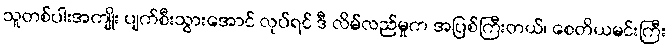
သူတစ်ပါးအကျိုး ပျက်စီးသွားအောင် လုပ်ရင် ဒီ လိမ်လည်မှုက အပြစ်ကြီးတယ်၊ စေတိယမင်းကြီး